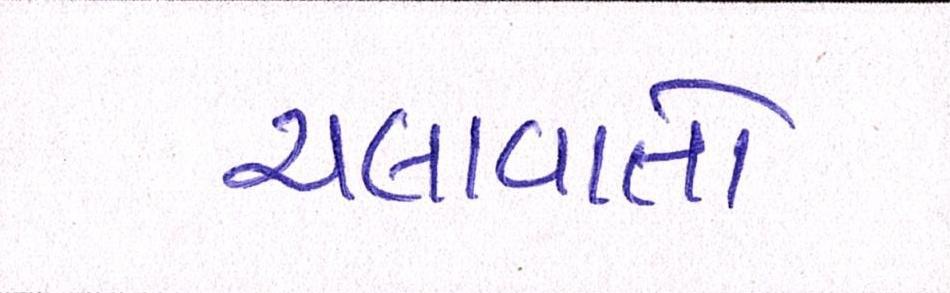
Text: ચલાવાતો